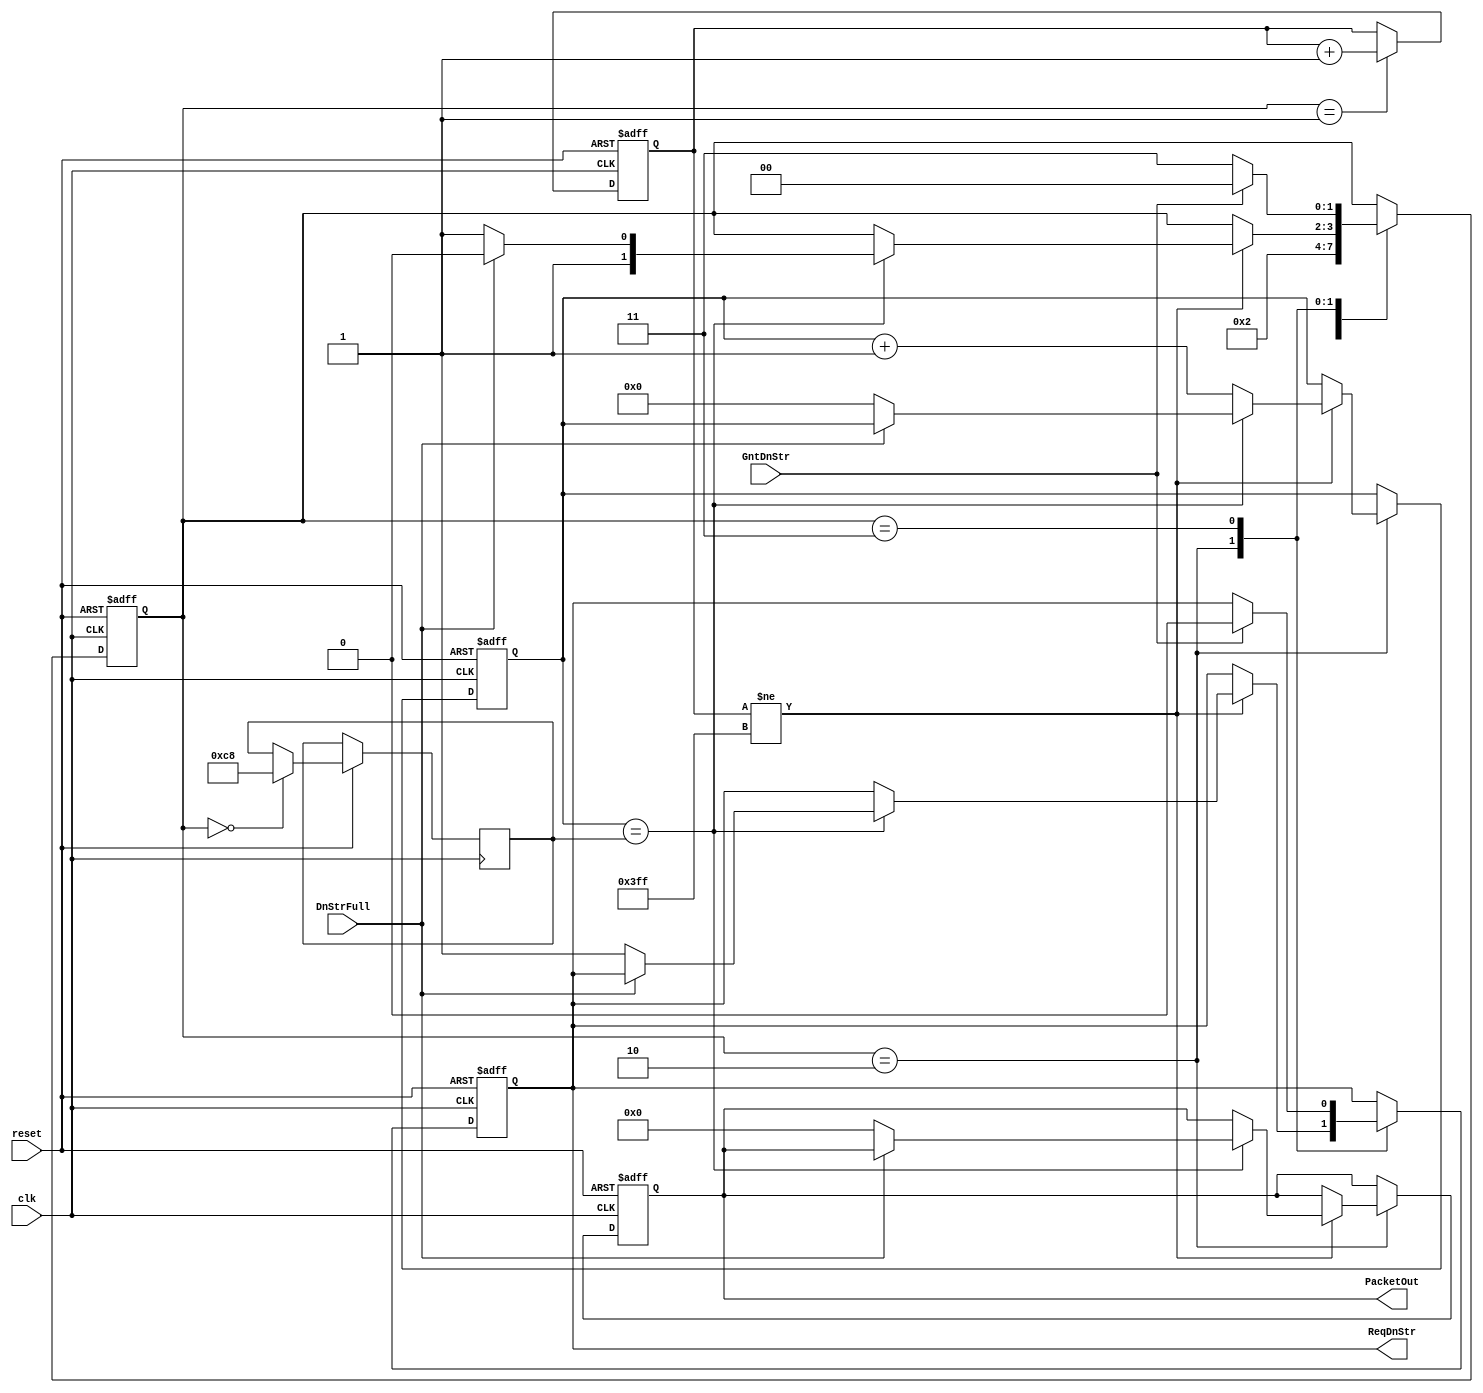
`timescale 1ns / 1ps

module Injector_000_001(
// Global Settings 
/*-- for Injection rate (load) and typr of traffic (Random, ..etc) it will be defined in the 
Top module i.e. Traffic Generator.*/
reset,
clk, 
// -- Output Port Traffic: --
ReqDnStr,
GntDnStr,
DnStrFull,
PacketOut
);              
// ------------------------ Parameter Declarations --------------------------- //
//for 3x3 mesh
parameter routerID=6'b000_001; // change depends on mesh size 
parameter ModuleID =6'b000_001;
parameter CLOCK_MULT=3'b001; //// packet injection rate (percentage of cycles)
parameter packetwidth = 56;// number of bits for data bus
//Injector States 				
parameter 	    IDLE		=2'b00,
				PKT_PREP	=2'b01, 
				SEND_REQ	=2'b10, 
				WAIT_GRANT	=2'b11;	
// ------------------------ Inputs Declarations ------------------------------ //
input clk;
input reset;
input DnStrFull; //fifo? indicator from Local about FIFO buffer status.. if full = 1 else = 0
input GntDnStr; //? Grant from Down Stream Router
// ------------------------ Outputs Declarations ----------------------------- //
output ReqDnStr;  // Injector send request to router to send packets
output [packetwidth-1:0] PacketOut;// output data packet form Injector
// --------------------------- Wire Declarations ----------------------------- //
wire clk;
wire reset;
wire DnStrFull;// indicator for Injector about Local FIFO buffer status .. if full = 1 else = 0
wire GntDnStr; // Grant from Down Stream Router
wire [packetwidth-1:0] PacketOut;// output data packet form fifo
// --------------------------------------------------------------------------- //
// ------------------------ Registers Declarations --------------------------- //
reg ReqDnStr; // request to Local Port FIFO Buffer  
reg [packetwidth-1:0] dataBuf;// data buffer register

///////////////////////// 
//Packet Contents
reg [1:0] STATE;
//PacketID and RandomInfo can be adjusted to fit the diminsion bits
reg [9:0]    PacketID;  	// 0:1023
reg [9:0]    RandomInfo; // 
reg [15:0]   CYCLE_COUNTER; //Timestamp 
integer Delay, Count;
//for Simulation log
//integer Injector_Log_0;
// --------------------------------------------------------------------------- //
initial 
   begin 		
		STATE	<= IDLE; CYCLE_COUNTER <= 0;
		dataBuf <= 0;   PacketID <= 0; RandomInfo <= 0; Count <= 0; Delay <= 0;
		//for Simulation log
		//Injector_Log_0 = $fopen("Injector_Log_0.txt","w");
		//$fdisplay(Injector_Log_0, "     SimulationTime ;   SendTime      ; SenderID   ; PacketID     ");	
   end
	
always @(posedge clk)
   begin 
   CYCLE_COUNTER <= CYCLE_COUNTER + 1'b1;   
   end	
//###########################   Modules(PEs) Injector ################################### 
always @(posedge clk or negedge reset)  
begin 
if( !reset)
	begin 
	dataBuf <= 0; PacketID <= 0;RandomInfo <= 0;
	ReqDnStr<= 0; Count <= 0;
	STATE	<= IDLE;
	end  
else 					
	begin 
	case(STATE)
//################## STATE ###############################################	
	
IDLE:begin 
//Note: Comment Delay and Its Condition If you want to see Full Signal Or increase the Probability
//Delay between two consequence packets. to be changed to change Injection Rate		
Delay 	<= 200;//{$random}%3;// 0,1,2,3 are selected randomly
STATE	<=IDLE;
//STATE	<= PKT_PREP;
end
//######################################################################

PKT_PREP:begin//
PacketID <= PacketID + 1'b1; 
RandomInfo <= 9'b000000;	
STATE	<= SEND_REQ;
end
//######################################################################
SEND_REQ:begin	
//######################################################################
if (PacketID != 1023)
begin
	if (Count == Delay)
		begin
		if (!DnStrFull) // Buffer not Full !=1
			begin
			ReqDnStr <= 1; //send request to Local Port
			dataBuf  <=0;//!!!!!! injector
			//{PacketID, ModuleID, RandomInfo} ;
			//PacketOut      <= dataBuf;
			STATE	<= WAIT_GRANT;
			Count <= 0;
			//$fdisplay(Injector_Log_0,  $time, " ; %d ; %d ; %d ", CYCLE_COUNTER, ModuleID,PacketID);			
			end //if
		else 
			begin
			STATE <= SEND_REQ;
			end 
		end//if delay
	else 
		begin
		Count <= Count+1'b1;					
		end
		 
end	//if (PacketID != 1023)		
end //SEND_REQ
//######################################################################	

WAIT_GRANT: begin
if (GntDnStr) // Buffer not Full
	begin
	ReqDnStr 			<=0; //send request to Local Port
	STATE	<= IDLE;
	end
else
	begin
	STATE	<= WAIT_GRANT;
	end
end
endcase
	end //else
end // always 
assign PacketOut = dataBuf;
endmodule

//#########################################################################################################